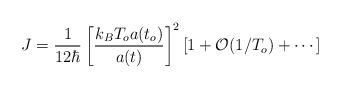
LaTeX: \begin{align*}J = \frac{1}{12 \hbar}\left[ \frac{k_B T_o a(t_o)}{a(t)}\right]^2\left[1+{\cal{O}}(1/T_o) + \cdots \right] \end{align*}